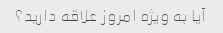
آیا به ویژه امروز علاقه دارید؟